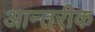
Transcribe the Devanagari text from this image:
आन्तरीक